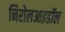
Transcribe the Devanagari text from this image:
निरोलआइडॉल